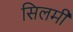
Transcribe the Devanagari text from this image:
सिलमी